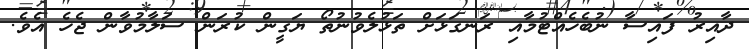
ދާއިރު ފައިސާ ނުބެހެއްޓުމާއި ރަނގަޅަށް ތަޅުލެވުނުތޯ ޔަގީން ކުރަން ސަލާމުވާން ޖެހެ އެވެ.